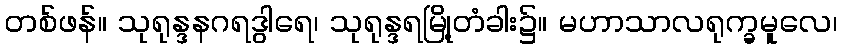
တစ်ဖန်။ သုရုန္ဒနဂရဒွါရေ၊ သုရုန္ဒရမြို့တံခါး၌။ မဟာသာလရုက္ခမူလေ၊